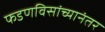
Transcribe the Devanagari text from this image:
फडणविसांच्यानंतर